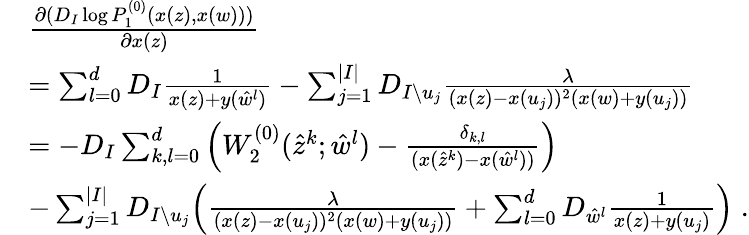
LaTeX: \begin{array}{rl}&{\frac{\partial(D_{I}\log P_{1}^{(0)}(x(z),x(w)))}{\partial x(z)}}\\ &{=\sum_{l=0}^{d}D_{I}\frac{1}{x(z)+y(\hat{w}^{l})}-\sum_{j=1}^{|I|}D_{I\setminus u_{j}}\frac{\lambda}{(x(z)-x(u_{j}))^{2}(x(w)+y(u_{j}))}}\\ &{=-D_{I}\sum_{k,l=0}^{d}\Big(W_{2}^{(0)}(\hat{z}^{k};\hat{w}^{l})-\frac{\delta_{k,l}}{(x(\hat{z}^{k})-x(\hat{w}^{l}))}\Big)}\\ &{-\sum_{j=1}^{|I|}D_{I\setminus u_{j}}\Big(\frac{\lambda}{(x(z)-x(u_{j}))^{2}(x(w)+y(u_{j}))}+\sum_{l=0}^{d}D_{\hat{w}^{l}}\frac{1}{x(z)+y(u_{j})}\Big)\; .}\end{array}